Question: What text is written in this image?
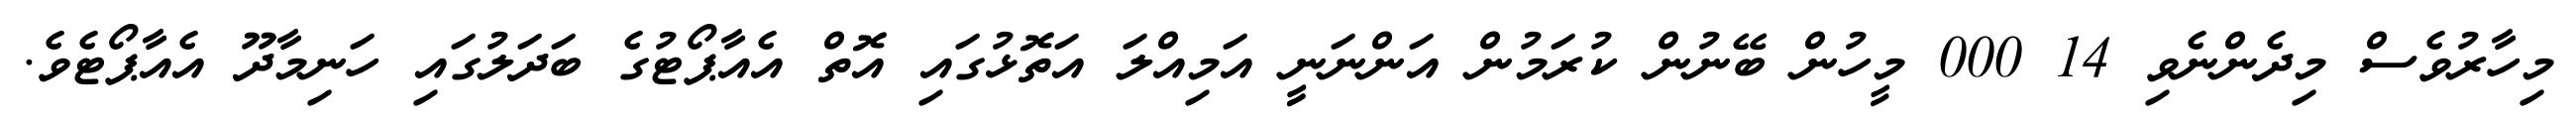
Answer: މިހާރުވެސް މިދެންނެވި 14 000 މީހުން ބޭނުން ކުރަމުން އަންނަނީީ އަމިއްލަ އަތޮޅުގައި އޮތް އެއާޕޯޓުގެ ބަދަލުގައި ހަނިމާދޫ އެއާޕޯޓެވެ.